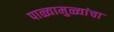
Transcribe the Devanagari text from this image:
पाळ्यामुळ्यांचा